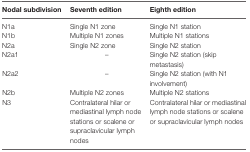
<table><thead><tr><td><b>Nodal subdivision</b></td><td><b>Seventh edition</b></td><td><b>Eighth edition</b></td></tr></thead><tbody><tr><td>N1a</td><td>Single N1 zone</td><td>Single N1 station</td></tr><tr><td>N1b</td><td>Multiple N1 zones</td><td>Multiple N1 stations</td></tr><tr><td>N2a</td><td>Single N2 zone</td><td>Single N2 station</td></tr><tr><td>N2a1</td><td>–</td><td>Single N2 station (skip metastasis)</td></tr><tr><td>N2a2</td><td>–</td><td>Single N2 station (with N1 involvement)</td></tr><tr><td>N2b</td><td>Multiple N2 zones</td><td>Multiple N2 stations</td></tr><tr><td>N3</td><td>Contralateral hilar or mediastinal lymph node stations or scalene or supraclavicular lymph nodes</td><td>Contralateral hilar or mediastinal lymph node stations or scalene or supraclavicular lymph nodes</td></tr></tbody></table>